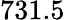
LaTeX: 731.5